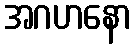
အဂဟနော